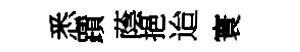
悉蹟蔭挹迨寰